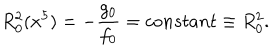
LaTeX: R _ { 0 } ^ { 2 } ( x ^ { 5 } ) = - \frac { g _ { 0 } } { f _ { 0 } } = c o n s t a n t \equiv R _ { 0 } ^ { 2 } .